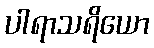
ပါရာသရိယော